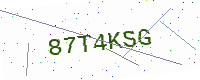
Text: 87T4KSG